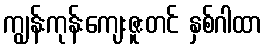
ကျွန်းကုန်းကျေးဇူးတင် နှစ်ဂါထာ